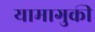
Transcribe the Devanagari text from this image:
यामागुकी